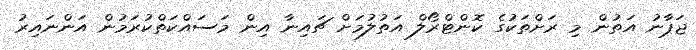
ޖަޕާނު އަތުން މި ރަށްތަކުގެ ކޮންޓްރޯލް އަތުލުމަށް ޗައިނާ އިން މަސައްކަތްކުރަމުން އަންނައިރު